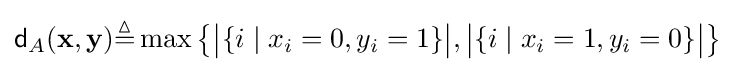
{\mathsf {d}}_{A}(\mathbf {x} ,\mathbf {y} ){\stackrel {\vartriangle }{=}}\max \left\{{\big |}\{i\mid x_{i}=0,y_{i}=1\}{\big |},{\big |}\{i\mid x_{i}=1,y_{i}=0\}{\big |}\right\}